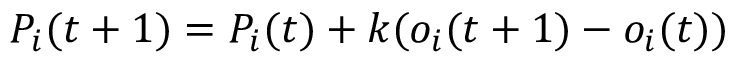
P _ { i } ( t + 1 ) = P _ { i } ( t ) + k ( o _ { i } ( t + 1 ) - o _ { i } ( t ) )